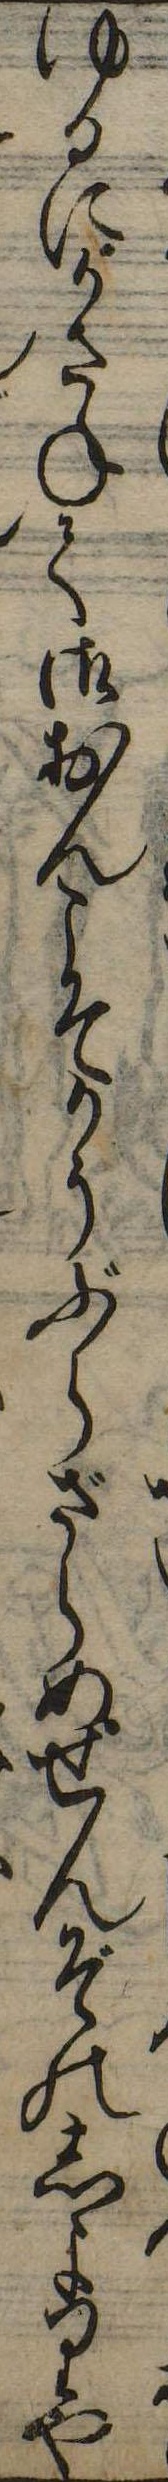
ゆるにかさねて御おんこそかうぶらざらめせんぞのしよりや